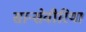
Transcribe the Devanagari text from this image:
सान्सेवीरिया